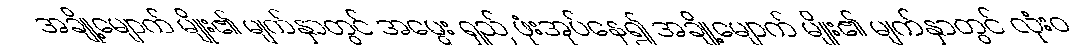
အချို့မျောက် မျိုး၏ မျက်နှာတွင် အမွေး ရှည် ဖုံးအုပ်နေ၍ အချို့မျောက် မျိုး၏ မျက်နှာတွင် လုံးဝ